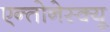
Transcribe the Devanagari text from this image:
एन्तोनेस्क्यू